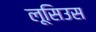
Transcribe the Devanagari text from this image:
लूसिउस